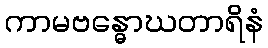
ကာမဗန္ဓောဃတာရိနံ